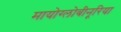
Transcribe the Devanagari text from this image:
मायोग्लोबीनूरिया